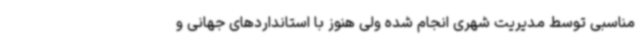
مناسبی توسط مدیریت شهری انجام شده ولی هنوز با استانداردهای جهانی و